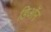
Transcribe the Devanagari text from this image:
डिऑन